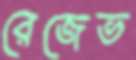
রেজেভ